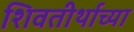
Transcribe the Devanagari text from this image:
शिवतीर्थाच्या